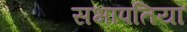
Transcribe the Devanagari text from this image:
सभापतियॉ